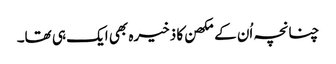
چنانچہ اُن کے مکھن کا ذخیرہ بھی ایک ہی تھا۔